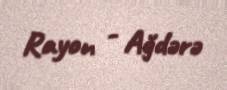
Rayon - Ağdərə